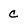
Character: c